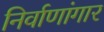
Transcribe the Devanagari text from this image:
निर्वाणांगार